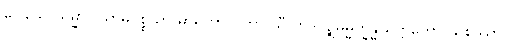
ပေါသေ သမ္မာဝါယာမပစ္စယာ မာရကာယိကာ သီလာဒိပဉ္စဓမ္မက္ခန္ဓယုတ္တတော သစဿာ